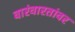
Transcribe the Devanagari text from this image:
वारंवारतांवर